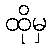
ထိုမှ